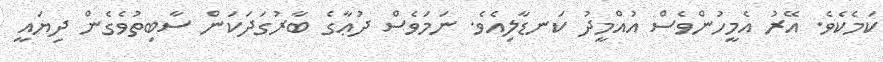
ކަމެކެވެ. އޭރު އެމީހުންވެސް އުއްމީދު ކަނޑާލިއެވެ. ނަމަވެސް ދުޢާގެ ބާރުގަދަކަން ސާބިތުވެގެން ދިޔައީ